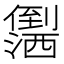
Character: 𪝻